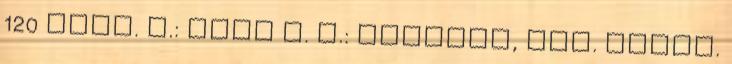
120 néző. V.: Nagy F. G.: Szecskó, ill. Éliás.